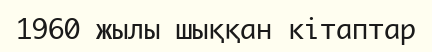
1960 жылы шыққан кітаптар